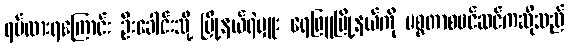
ရပ်ထားရကြောင်း ဦးခေါင်းသို့ မြို့နယ်ရဲမှူး ရေဖြူမြို့နယ်ကို မစ္စတာစဗင်ဆင်ကဆိုသည်